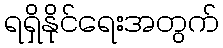
ရရှိနိုင်ရေးအတွက်